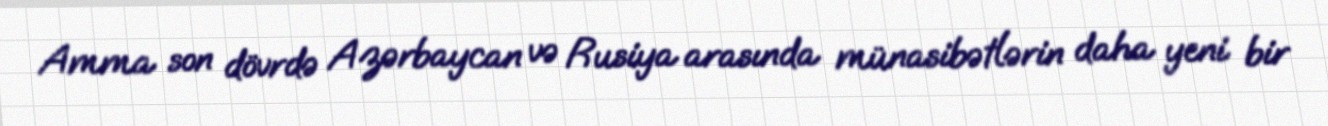
Amma son dövrdə Azərbaycan və Rusiya arasında münasibətlərin daha yeni bir